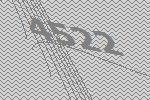
4522